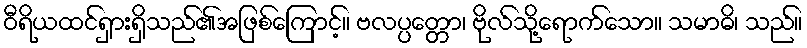
ဝီရိယထင်ရှားရှိသည်၏အဖြစ်ကြောင့်။ ဗလပ္ပတ္တော၊ ဗိုလ်သို့ရောက်သော။ သမာဓိ၊ သည်။